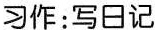
习作：写日记